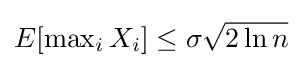
{\textstyle E[\max _{i}X_{i}]\leq \sigma {\sqrt {2\ln n}}}